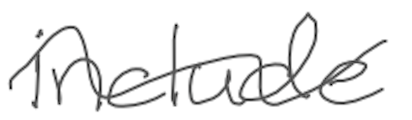
Text: include
Cross-out: wave
Writing tool: digital_gray